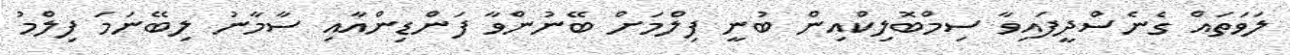
ލަވަތައް ގެނެސްދީފައިވާ ސިމްބޮލިކްއިން ބުނީ ފިލްމަށް ބޭނުންވާ ފަންޑިންއާއި ސާމާނު ލިބޭނަމަ ފިލްމު